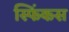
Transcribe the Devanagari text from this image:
स्फिंकस